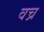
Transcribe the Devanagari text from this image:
वच्र